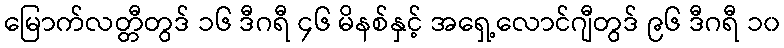
မြောက်လတ္တီတွဒ် ၁၆ ဒီဂရီ ၄၆ မိနစ်နှင့် အရှေ့လောင်ဂျီတွဒ် ၉၆ ဒီဂရီ ၁၀